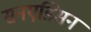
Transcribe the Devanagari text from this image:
सनएडिसन